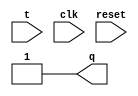
module t_flip_flop(q,t,clk,reset); //if t is 1, q flips its value, otherwise it is same
    output reg q=1'b1;
    input reset;
    input t,clk;

    always@(reset) begin
        q=1;
    end

    always @(posedge clk) begin
        if(t==1'b1) begin
            q=~q;
        end
    end
endmodule